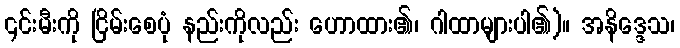
၎င်းမီးကို ငြိမ်းစေပုံ နည်းကိုလည်း ဟောထား၏၊ ဂါထာများပါ၏)။ အနိဒ္ဒေသ၊